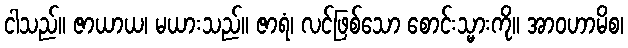
ငါသည်။ ဇာယာယ၊ မယားသည်။ ဇာရံ၊ လင်ဖြစ်သော စောင်းသ္မားကို။ အာဝဟာမိစ၊